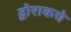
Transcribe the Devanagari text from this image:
द्वोराकचे